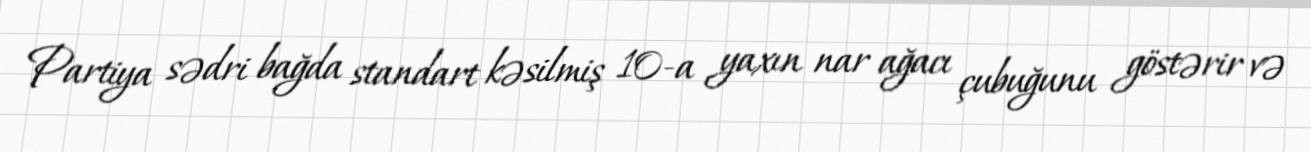
Partiya sədri bağda standart kəsilmiş 10-a yaxın nar ağacı çubuğunu göstərir və